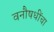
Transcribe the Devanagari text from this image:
वनौषधींचा